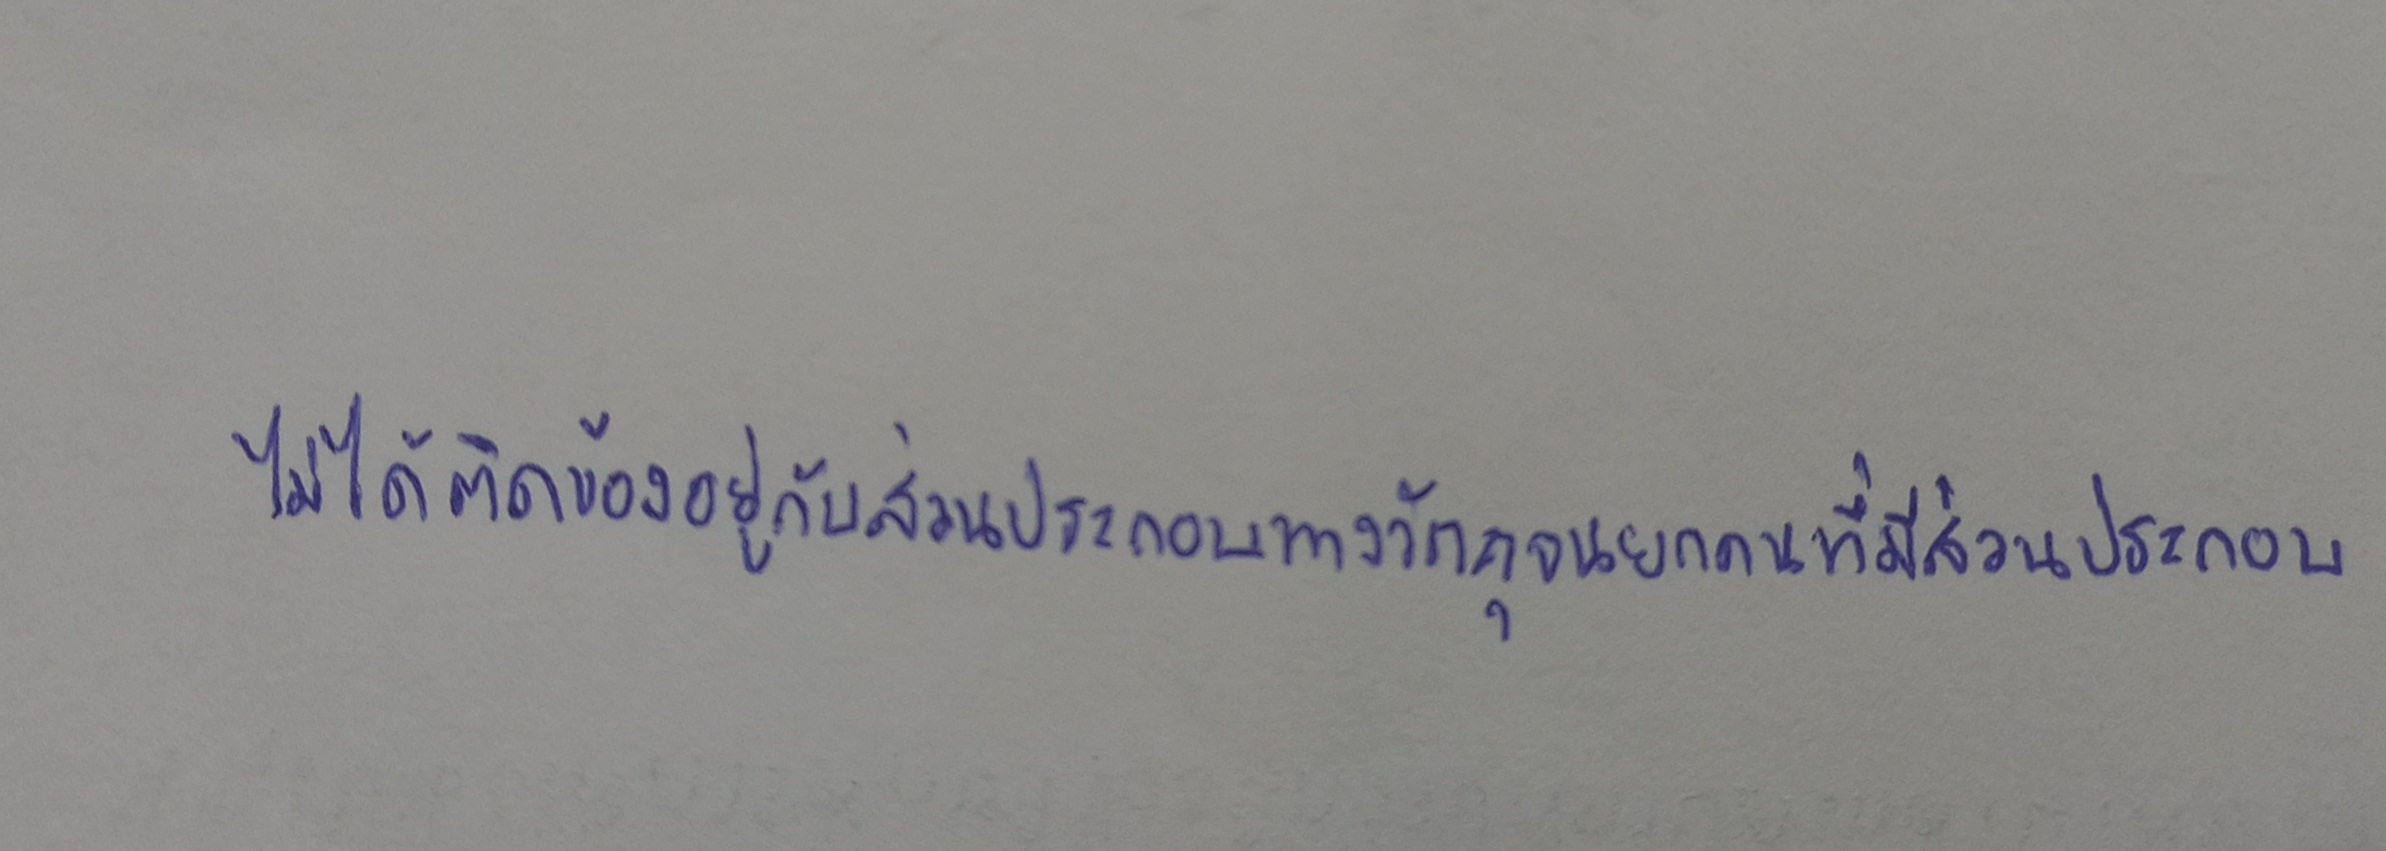
ไม่ได้ติดข้องอยู่กับส่วนประกอบทางวัตถุจนยกคนที่มีส่วนประกอบ